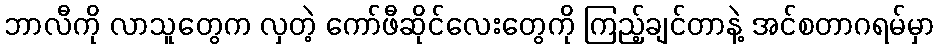
ဘာလီကို လာသူတွေက လှတဲ့ ကော်ဖီဆိုင်လေးတွေကို ကြည့်ချင်တာနဲ့ အင်စတာဂရမ်မှာ